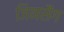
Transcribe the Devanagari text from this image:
जिनसैंग